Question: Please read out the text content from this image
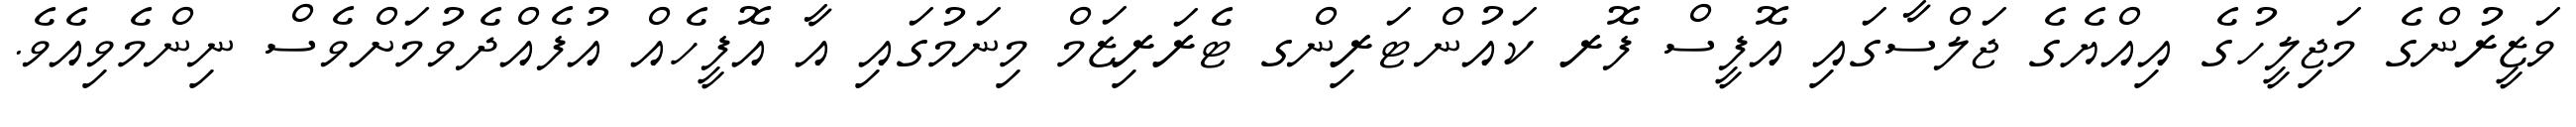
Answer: ވަޒީރުންގެ މަޖިލީހުގެ އިއްޔެގެ ޖަލްސާގައި އޮފީސް ފޮރ ކައުންޓަރިންގ ޓެރަރިޒަމް މިނަމުގައި އާ އޮފީހެއް އުފެއްދެވުމަށްވެސް ނިންމެވިއެވެ.